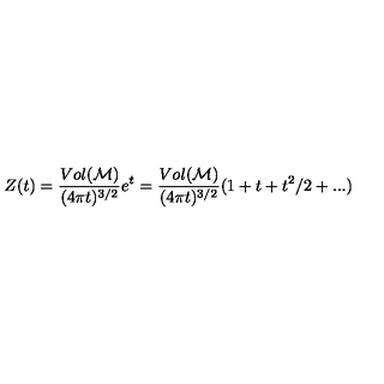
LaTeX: Z ( t ) = \frac { V o l ( { \cal M } ) } { ( 4 \pi t ) ^ { 3 / 2 } } e ^ { t } = \frac { V o l ( { \cal M } ) } { ( 4 \pi t ) ^ { 3 / 2 } } ( 1 + t + t ^ { 2 } / 2 + . . . )